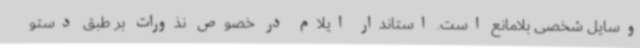
وسایل شخصی بلامانع است. استاندار ایلام در خصوص نذورات بر طبق دستو